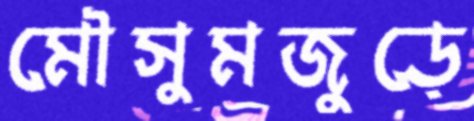
মৌসুমজুড়ে